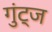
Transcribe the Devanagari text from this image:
गुंट्ज